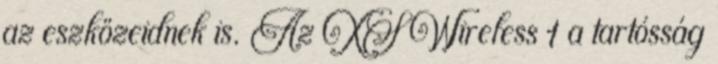
az eszközeidnek is. Az XS Wireless 1 a tartósság